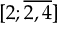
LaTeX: [ 2 ; { \overline { { 2 , 4 } } } ]